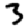
Digit: 3